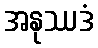
အနုဿဒံ